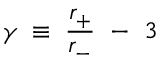
\gamma \; \equiv \; \frac { r _ { + } } { r _ { - } } ~ - ~ 3 \;